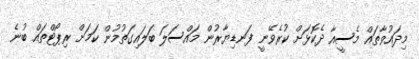
މިދައުވާތައް މެސީއާ ދެކޮޅަށް ކުރެވޭނީ ފަނޑިިޔާރުން މައްސަލަ ބަލައިގަތުމުން ކަމަށް ރިޕޯޓްތައް ބުނެ